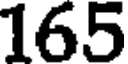
165